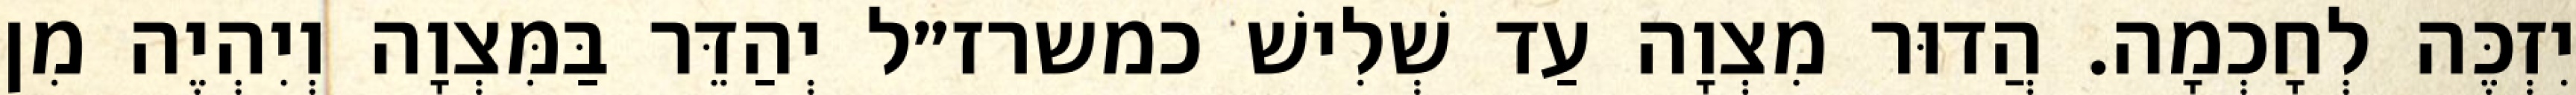
יִזְכֶּה לְחָכְמָה. הֲדוּר מִצְוָה עַד שְׁלִישׁ כמשרז״ל יְהַדֵּר בַּמִּצְוָה וְיִהְיֶה מִן